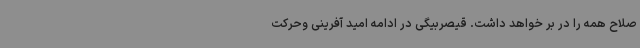
صلاح همه را در بر خواهد داشت. قیصربیگی در ادامه امید آفرینی وحرکت